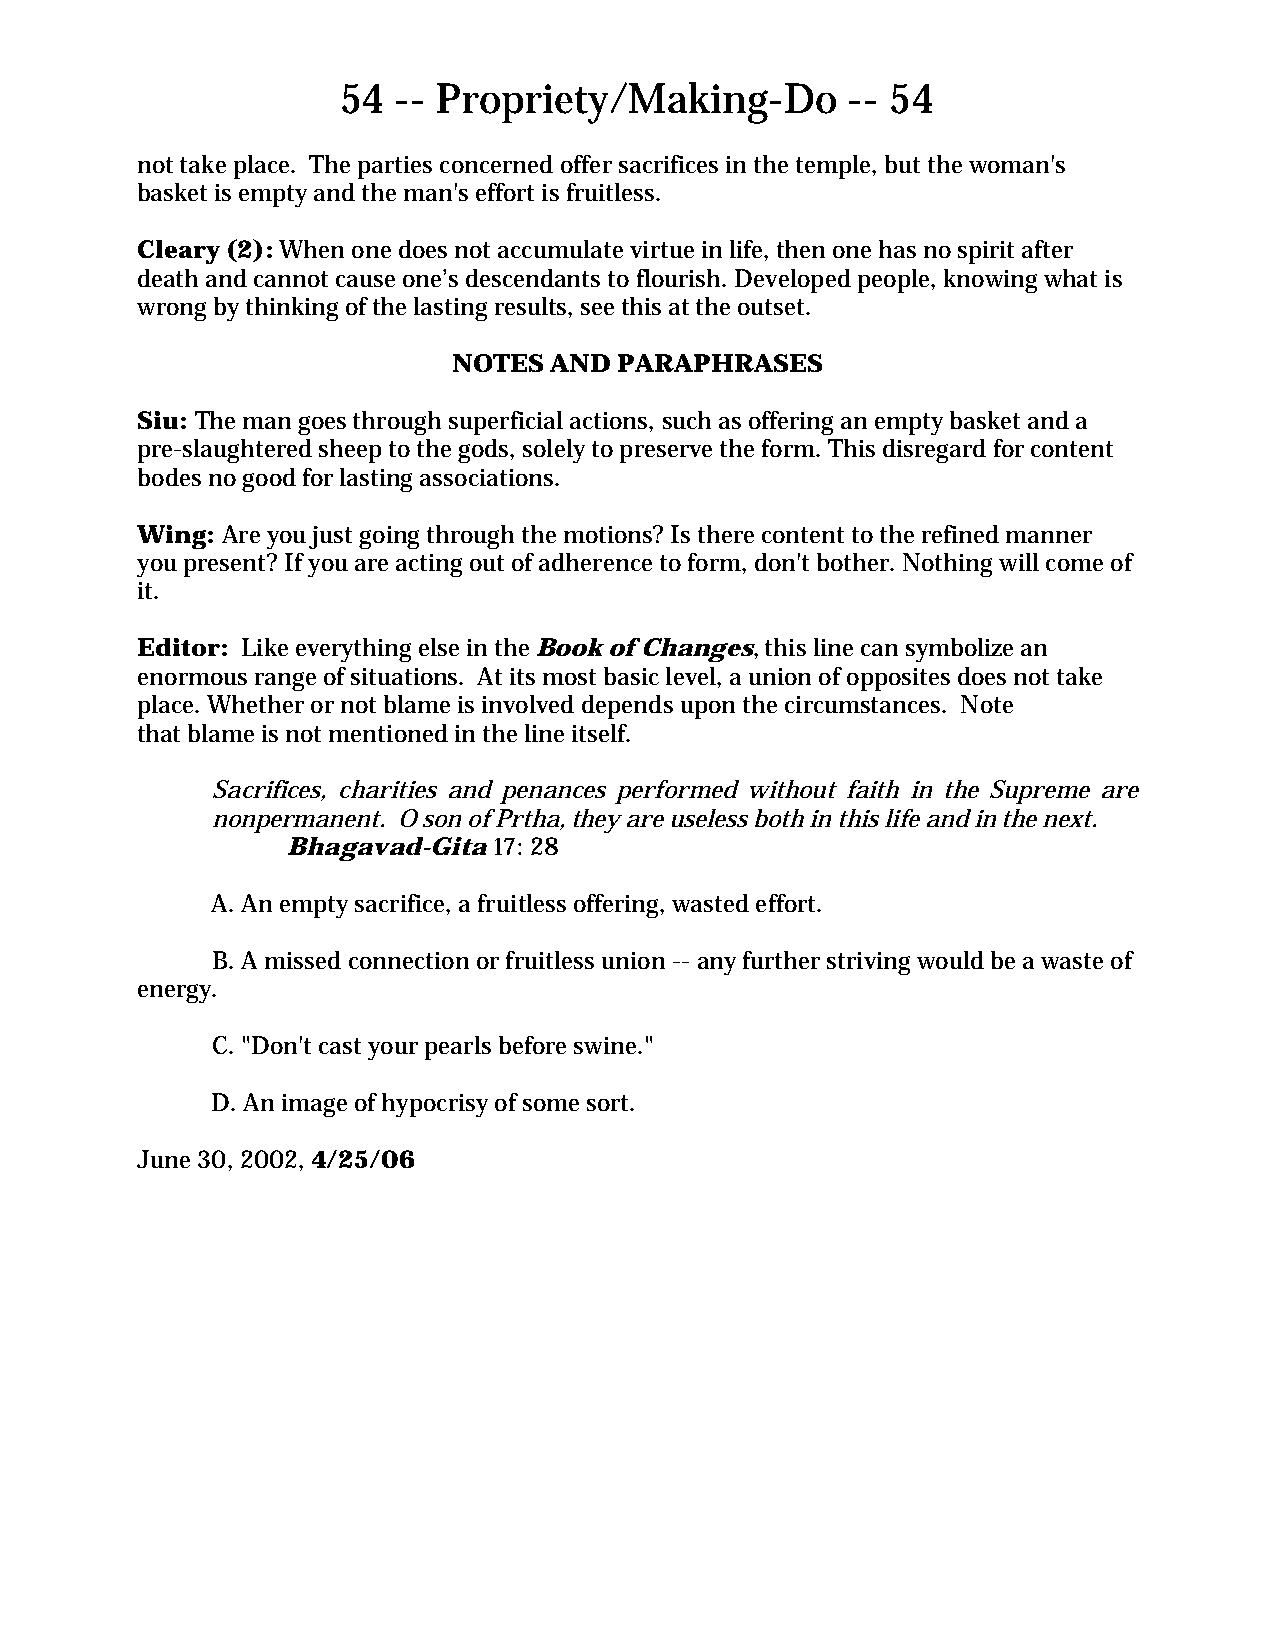
54  -- Propriety/Making-Do        -- 54
 not take place. The parties concerned offer sacrifices in the temple, but the woman's
 basket is empty and the man's effort is fruitless.
 Cleary (2): When one does not accumulate virtue in life, then one has no spirit after
 death and cannot cause one’s descendants to flourish. Developed people, knowing what is
 wrong by thinking of the lasting results, see this at the outset.
 NOTES AND  PARAPHRASES
 Siu: The man goes through superficial actions, such as offering an empty basket and a
 pre-slaughtered sheep to the gods, solely to preserve the form. This disregard for content
 bodes no good for lasting associations.
 Wing: Are you just going through the motions? Is there content to the refined manner
 you present? If you are acting out of adherence to form, don't bother. Nothing will come of
 it.
 Editor: Like everything else in the Book of Changes, this line can symbolize an
 enormous range of situations. At its most basic level, a union of opposites does not take
 place. Whether or not blame is involved depends upon the circumstances. Note
 that blame is not mentioned in the line itself.
 Sacrifices, charities and penances performed without faith in the Supreme are
 nonpermanent. O son of Prtha, they are useless both in this life and in the next.
 Bhagavad-Gita 17: 28
 A. An empty sacrifice, a fruitless offering, wasted effort.
 B. A missed connection or fruitless union -- any further striving would be a waste of
 energy.
 C. "Don't cast your pearls before swine."
 D. An image of hypocrisy of some sort.
 June 30, 2002, 4/25/06